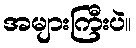
အများကြီးပဲ။